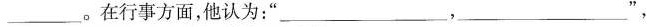
___。在行事方面，他认为：”___，___”